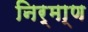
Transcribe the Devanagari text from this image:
निर्मा्ण